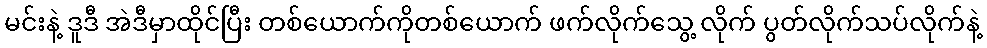
မင်းနဲ့ ဒူဒီ အဲဒီမှာထိုင်ပြီး တစ်ယောက်ကိုတစ်ယောက် ဖက်လိုက်သွေ့ လိုက် ပွတ်လိုက်သပ်လိုက်နဲ့